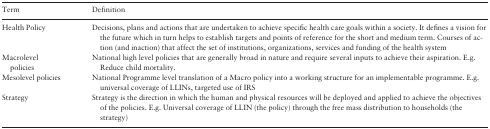
| Term | Definition |
 | --- | --- |
 | Health Policy | Decisions, plans and actions that are undertaken to achieve specific health care goals within a society. It defines a vision for the future which in turn helps to establish targets and points of reference for the short and medium term. Courses of action (and inaction) that affect the set of institutions, organizations, services and funding of the health system |
 | Macrolevel policies | National high level policies that are generally broad in nature and require several inputs to achieve their aspiration. E.g. Reduce child mortality. |
 | Mesolevel policies | National Programme level translation of a Macro policy into a working structure for an implementable programme. E.g. universal coverage of LLINs, targeted use of IRS |
 | Strategy | Strategy is the direction in which the human and physical resources will be deployed and applied to achieve the objectives of the policies. E.g. Universal coverage of LLIN (the policy) through the free mass distribution to households (the strategy) |